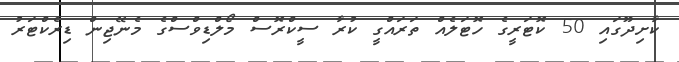
ކާށިދޫގައި 50 ކޮޓަރީގެ ހޮޓަލެއް ތަރައްގީ ކުރާ ސީކްރޮސް މޯލްޑިވްސްގެ މެނޭޖިން ޑިރެކްޓަރު